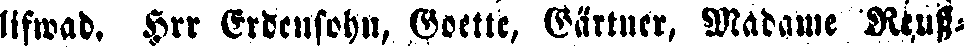
lifwad. Hrr Erdensohn, Goette, Gärtner, Madame Reuß-